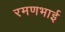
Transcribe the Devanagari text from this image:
रमणभाई